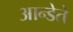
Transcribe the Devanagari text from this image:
आन्डेते